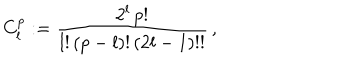
C _ { l } ^ { p } : = { \frac { 2 ^ { l } \, p ! } { l ! \, ( p - l ) ! \, ( 2 l - 1 ) ! ! } } \, ,